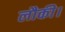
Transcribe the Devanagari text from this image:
लौकी।